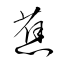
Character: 蕉